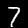
Digit: 7